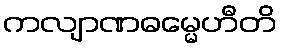
ကလျာဏဓမ္မေဟီတိ